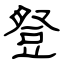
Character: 豋